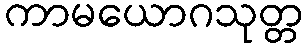
ကာမယောဂသုတ္တ